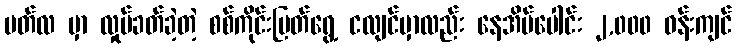
မတ်လ မှာ လှုပ်ခတ်ခဲ့တဲ့ စစ်ကိုင်းပြတ်ရွေ့ ငလျင်မှာလည်း နေအိမ်ပေါင်း ၂,၀၀၀ ဝန်းကျင်